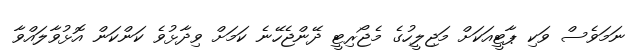
ނަމަވެސް ވަކި ޕާޓީއަކަށް މަޖިލީހުގެ މެޖޯރިޓީ ދޭންޖެހޭނެ ކަމަށް ވިދާޅުވެ ކަންކަން އޮޅުވާލައްވާ